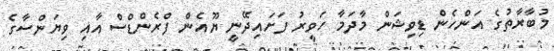
މުބާރާތުގެ އަންހެން ޑިވިޝަން މާދަމާ ހަވީރު ފަށައިދޭނީ ޔޫއެން ފްރެންޑްސް އާއި ވިޔަންސާގެ